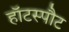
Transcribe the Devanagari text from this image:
हॉटस्‍पौट